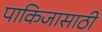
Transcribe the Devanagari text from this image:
पाकिजासाठी